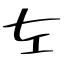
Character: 左